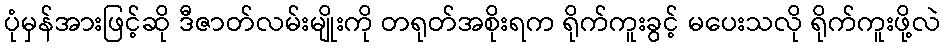
ပုံမှန်အားဖြင့်ဆို ဒီဇာတ်လမ်းမျိုးကို တရုတ်အစိုးရက ရိုက်ကူးခွင့် မပေးသလို ရိုက်ကူးဖို့လဲ